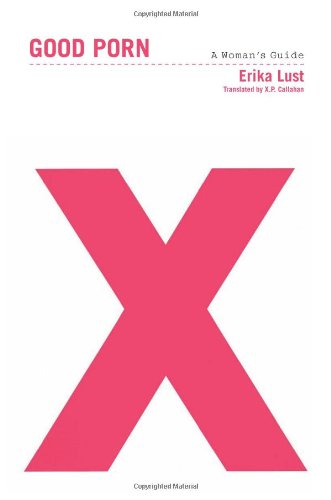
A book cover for Good Porn: A Woman's Guide; Erika Lust; Politics & Social Sciences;